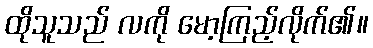
ထိုသူသည် လကို မော့ကြည့်လိုက်၏။